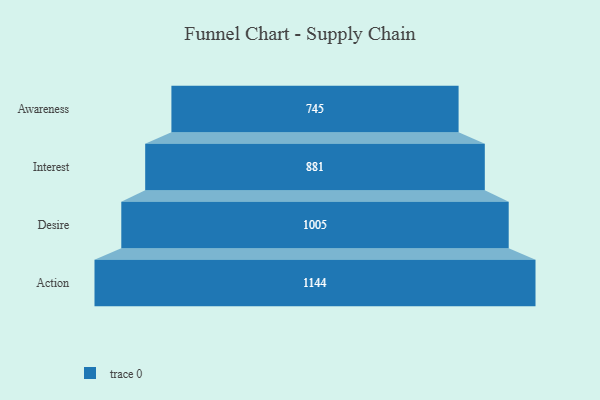
{"axis": {"x": "Stage", "y": "Value"}, "legend": [""], "data": [{"x": "Awareness", "y": 745.0, "type": ""}, {"x": "Interest", "y": 881.0, "type": ""}, {"x": "Desire", "y": 1005.0, "type": ""}, {"x": "Action", "y": 1144.0, "type": ""}]}